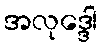
အလုဒ္ဒေါ